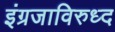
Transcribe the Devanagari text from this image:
इंग्रजाविरुध्द